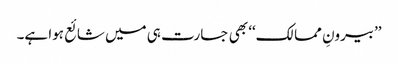
’’بیرونِ ممالک‘‘ بھی جسارت ہی میں شائع ہوا ہے۔